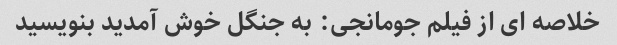
خلاصه ای از فیلم جومانجی: به جنگل خوش آمدید بنویسید